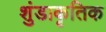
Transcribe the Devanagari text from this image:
शुंडाकृतिक